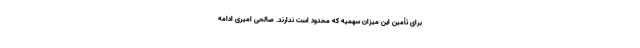
برای تأمین این میزان سهمیه که محدود است ندارند. صالحی امیری ادامه